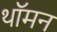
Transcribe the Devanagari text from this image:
थॉमन